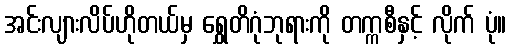
အင်းလျားလိပ်ဟိုတယ်မှ ရွှေတိဂုံဘုရားကို တက္ကစီနှင့် လိုက် ပုံ။